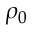
\rho _ { 0 }